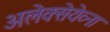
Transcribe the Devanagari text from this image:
अलेक्सेयेव्ना